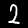
Digit: 2